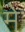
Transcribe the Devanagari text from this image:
मेॱ